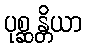
ပုစ္ဆန္တိယာ